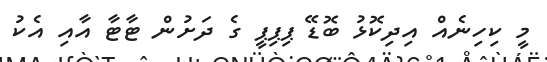
މީ ކިހިނެއް އިދިކޮޅު ބޮޑޭ ޕިޕިޕީ ގެ ދަށުން ޓާޓާ އާއި އެކު